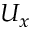
U _ { x }